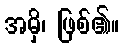
အမှိ၊ ဖြစ်၏။